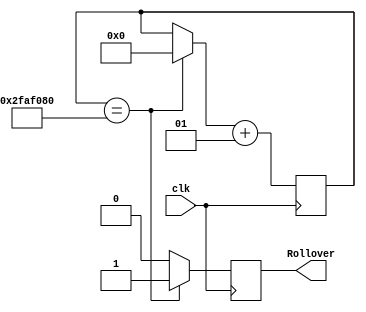
module Timer10(
input wire clk, 
output reg Rollover
);

integer count;
initial begin
   count = 0;
   Rollover = 1'b0;
end

always @ (posedge clk) begin
   Rollover = 1'b0;
   //833333
   if (count == 50000000) begin
      Rollover = 1'b1;
      count = 0;
   end

   count = count + 1;
end
endmodule